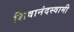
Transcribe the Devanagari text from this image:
शिवानंदस्वामी